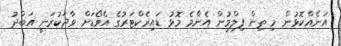
އަނެއްކޮޅުން މި ތިން ފިލްމުން އެންމެ މޮޅު ޑައިރެކްޓަރުގެ އެވޯޑަށް ވާދަކުރަނީ އަބްދު